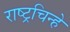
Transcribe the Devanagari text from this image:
राष्ट्रचिन्हे